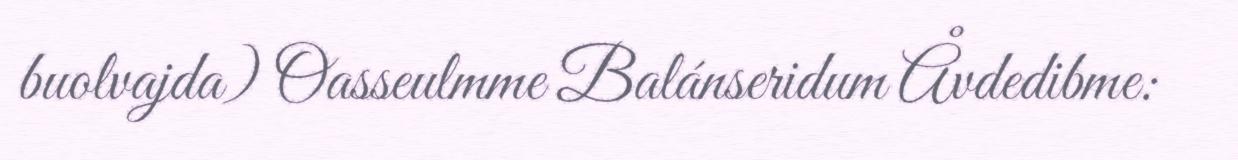
buolvajda) Oasseulmme Balánseridum Åvdedibme: